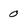
Character: 0